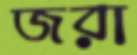
জরা